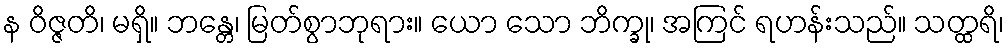
န ဝိဇ္ဇတိ၊ မရှိ။ ဘန္တေ၊ မြတ်စွာဘုရား။ ယော သော ဘိက္ခု၊ အကြင် ရဟန်းသည်။ သတ္ထရိ၊